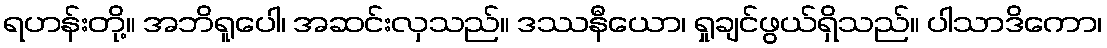
ရဟန်းတို့။ အဘိရူပေါ၊ အဆင်းလှသည်။ ဒဿနီယော၊ ရှုချင်ဖွယ်ရှိသည်။ ပါသာဒိကော၊